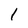
Character: l